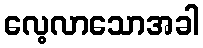
လေ့လာသောအခါ